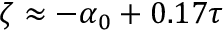
\zeta \approx - \alpha _ { 0 } + 0 . 1 7 \tau